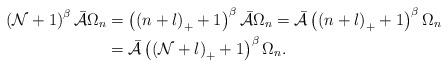
LaTeX: \begin{align*}\left( \mathcal{N}+1\right) ^{\beta}\mathcal{\bar{A}}\Omega_{n} & =\left(\left( n+l\right) _{+}+1\right) ^{\beta}\mathcal{\bar{A}}\Omega_{n}=\mathcal{\bar{A}}\left( \left( n+l\right) _{+}+1\right) ^{\beta}\Omega_{n}\\& =\mathcal{\bar{A}}\left( \left( \mathcal{N}+l\right) _{+}+1\right)^{\beta}\Omega_{n}.\end{align*}